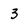
Character: 3